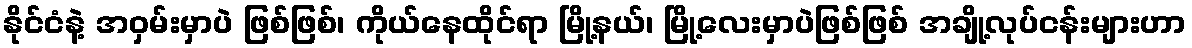
နိုင်ငံနဲ့ အဝှမ်းမှာပဲ ဖြစ်ဖြစ်၊ ကိုယ်နေထိုင်ရာ မြို့နယ်၊ မြို့လေးမှာပဲဖြစ်ဖြစ် အချို့လုပ်ငန်းများဟာ